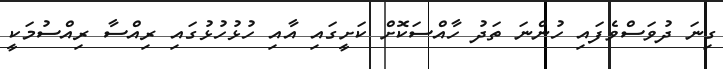
ގިނަ ދުވަސްވެފައި ހުންނަ ތަދު ހާއްސަކޮށް ކަށީގައި އާއި ހުޅުހުޅުގައި ރިއްސާ ރިއްސުމަކީ